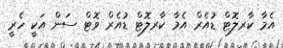
އެމާ ކާރލޮޓް ޑުއެރް އެމާ ކާރލޮޓް ޑުއެރް ވޮޓް ސަން އަކީ ހެރީ